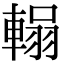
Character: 𮝞